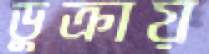
ডুক্‌রায়